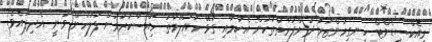
މިއެކްސިޑެންޓް ހިނގިމަންޒަރު ދުށްފަރާތްތަކުން އެކަމާއި ގުޅޭ މައުލޫމާތު ހިއްސާކުރުމަށް ފުލުހުން ވަނީ އެދިފައެވެ.